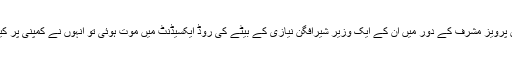
ماضی میں پرویز مشرف کے دور میں ان کے ایک وزیر شیرافگن نیازی کے بیٹے کی روڈ ایکسیڈنٹ میں موت ہوئی تو انہوں نے کمپنی پر کیس کر دیا۔